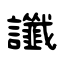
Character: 讖